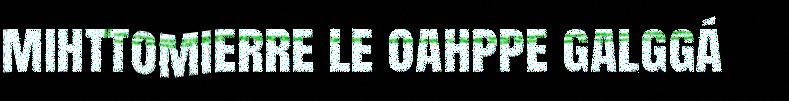
mihttomierre le oahppe galggá